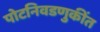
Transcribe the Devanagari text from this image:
पोटनिवडणुकींत